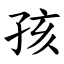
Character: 孩